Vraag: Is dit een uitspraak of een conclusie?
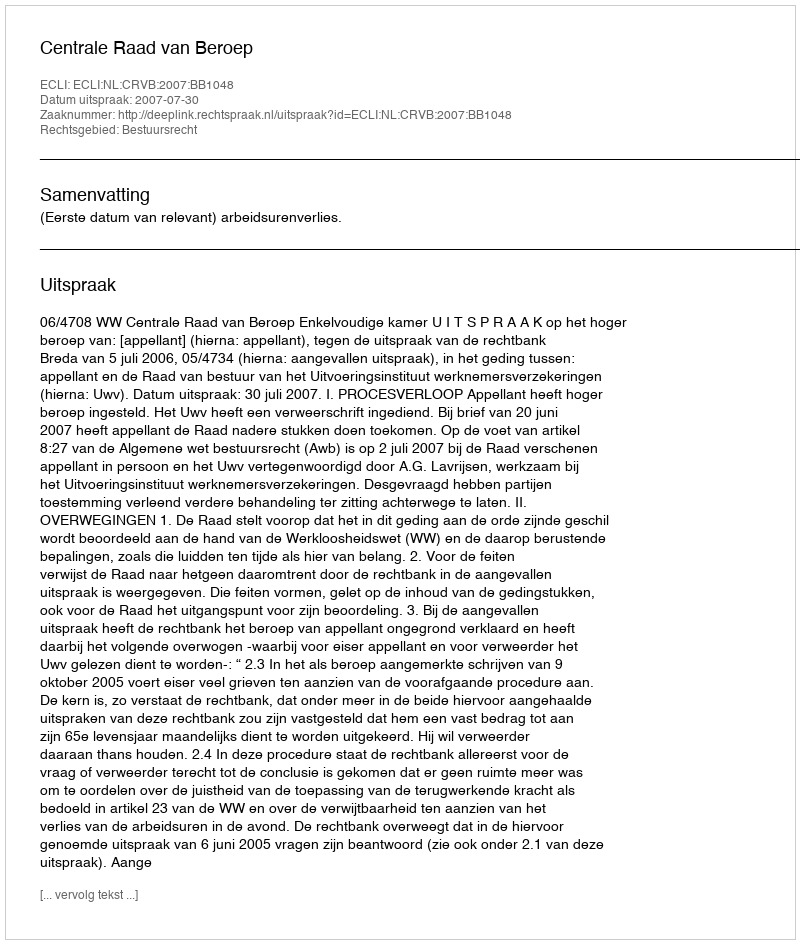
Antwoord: Uitspraak